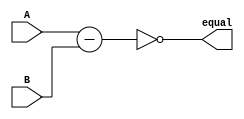
module Equality_Comparator(
    input wire [31:0] A,
    input wire [31:0] B,
    output wire equal
);

reg [31:0] result;

assign equal = (result == 32'h00000000);

always @* begin
    result = A - B;
end

endmodule